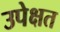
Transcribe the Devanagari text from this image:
उपेक्षत